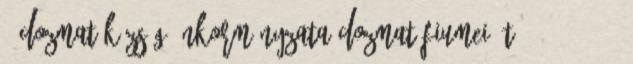
1 Dozmat község Önkormányzata Dozmat Fiumei út 26. 3 2012.